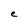
Character: e